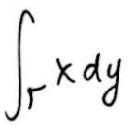
\[\int_{\Gamma} x \mathrm{d}y\]